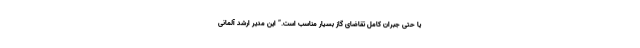
یا حتی جبران کامل تقاضای گاز بسیار مناسب است.” این مدیر ارشد آلمانی